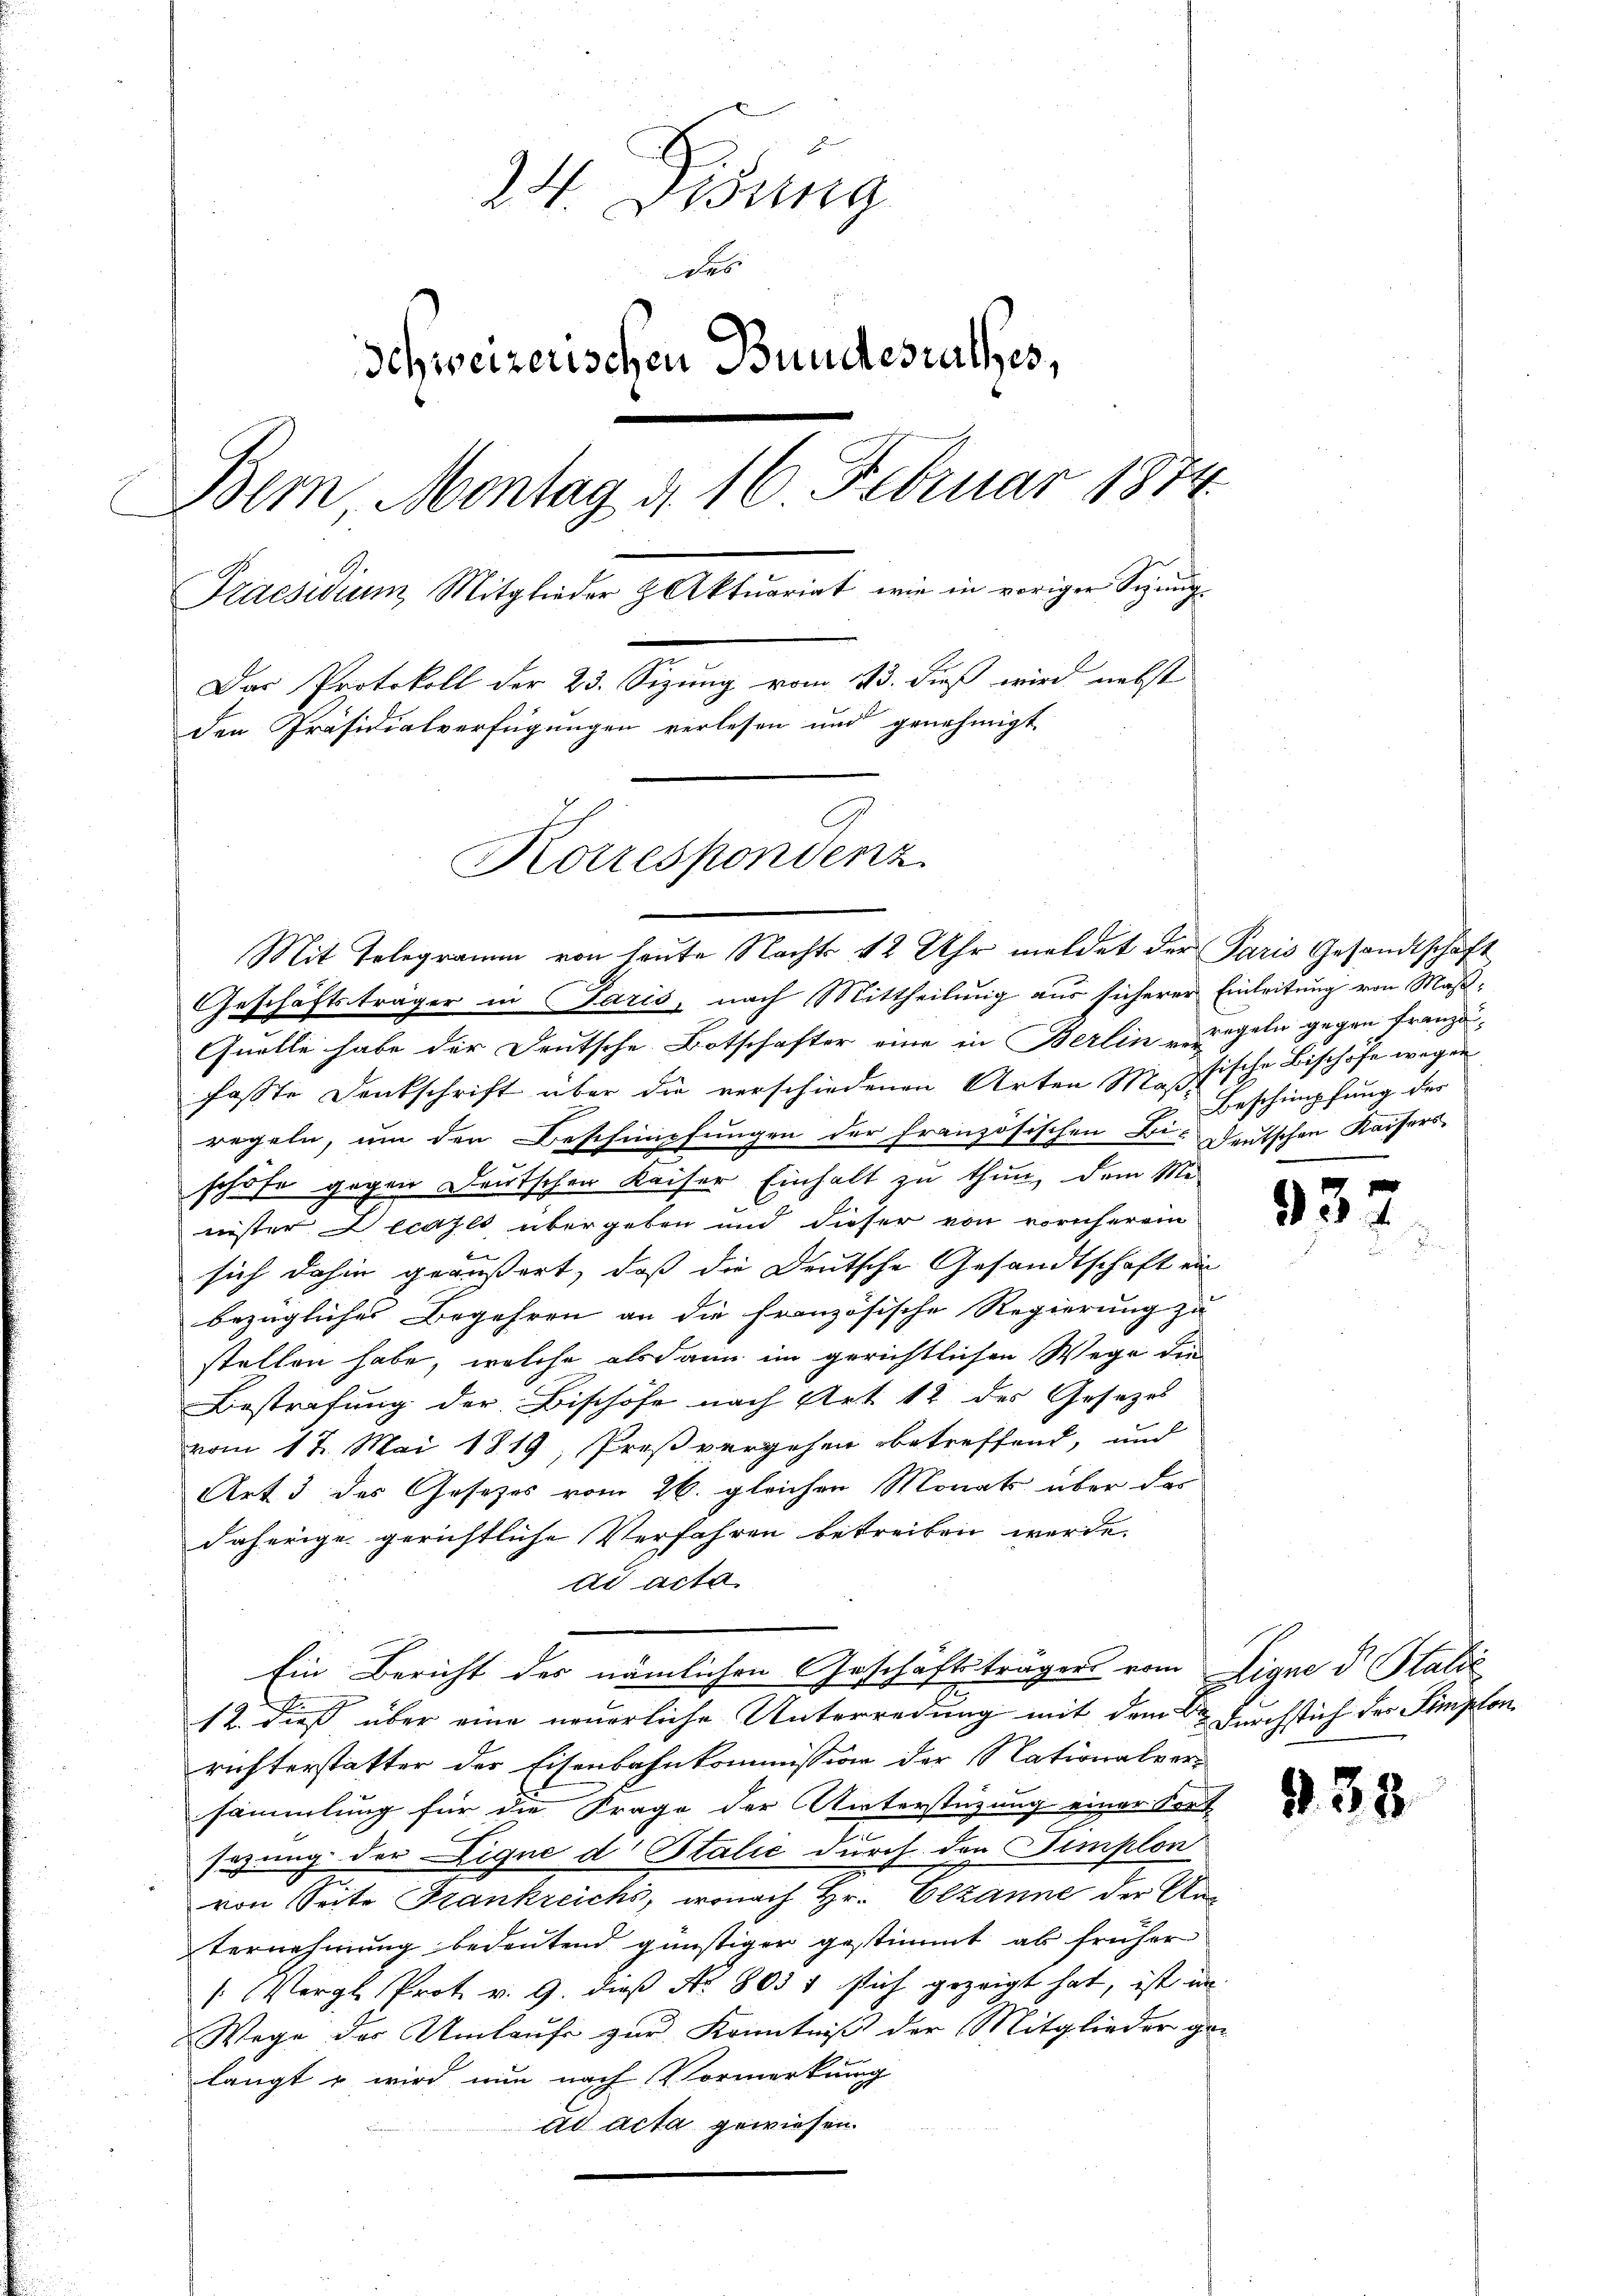
24. Didung
des
Schweizerischen Bundesrathes,
Bem Montag d. 16 Februar 1874
Praesidium Mitglieder & Aktuariat, wie in voriger Sinng¬
Das Protokoll der 23. Sizung vom 13. Fuß wird nebst
den Präsidialverfügungen verlesen und genehmigt
Korrespondenz

Mit Telegramm von heute Nachts 12 Uhr meldet der Paris Gesandtschaft
Geschäftsträger in Paris, nach Mittheilung aus sicherer Einleitung von Maß¬
Quelle habe der Deutsche Botschafter eine in Berlin vergeln gegen Franzöfasste Denkschrift über die verschiedenen Arten Massische Bischöfe wegen
regeln, um den Beschiipfungen der französischen Bi- deutschen Kaisers
schöfe gegen Deutschen Kaiser Einhalt zu thun, dem Me-
nister Decazes übergeben und dieser von vornherein
sich dahin geäußert, daß die Deutsche Gesandtschaft ein
bezüglicher Begehren an die französische Regierung zu
stellen habe, welche alsdann im gerichtlichen Wege die
Bestrafung der Bischöfe nach Art. 12 des Gesezes
vom 17. Mai 1819, Preßvergehen betreffend, und
Art 3 des Gesetzes vom 26. gleichen Monats über des
daherige gerichtliche Verfahren betreiben werde.
ad acta.
Ein Bericht des nämlichen Geschäftsträgers vom Eigne d. Stalde
12. dieß über eine neuerliche Unterredung mit dem Dr. Durchstich des Simplon
richterstatter der Eisenbahnkommission der Nationalver-
sammlung für die Frage der Unterstüzung einer Fort
sezung der Lique d Italić durch der Simplon
von Seite Frankreichs, wonach Hr. Elzanne der An-
ternehmung bedeutend günstiger gestimmt ab früher
 (Vergl. Prot. v. 9. dieß Nr. 803 7 sich gezeigt hat, ist im
Wege der Umlaufe zur Kenntniß der Mitglieder ge-
langt u wird nun nach Vormerkung
ad acta gewiesen.

Beschimpfung der

93

B 33